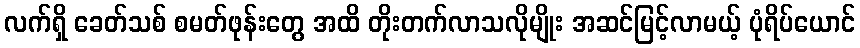
လက်ရှိ ခေတ်သစ် စမတ်ဖုန်းတွေ အထိ တိုးတက်လာသလိုမျိုး အဆင်မြင့်လာမယ့် ပုံရိပ်ယောင်